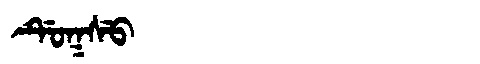
Manchu: ᡩᡠᡴᠰᡠ
Romanization: DUKSU